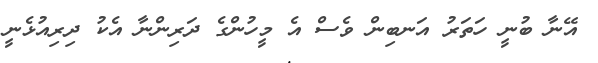
އޭނާ ބުނީ ހަތަރު އަނބިން ވެސް އެ މީހުންގެ ދަރިންނާ އެކު ދިރިއުޅެނީ